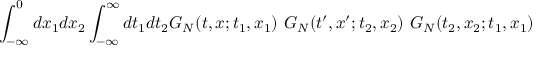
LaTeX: \int _ { - \infty } ^ { 0 } d x _ { 1 } d x _ { 2 } \int _ { - \infty } ^ { \infty } d t _ { 1 } d t _ { 2 } G _ { N } ( t , x ; t _ { 1 } , x _ { 1 } ) ~ G _ { N } ( t ^ { \prime } , x ^ { \prime } ; t _ { 2 } , x _ { 2 } ) ~ G _ { N } ( t _ { 2 } , x _ { 2 } ; t _ { 1 } , x _ { 1 } )